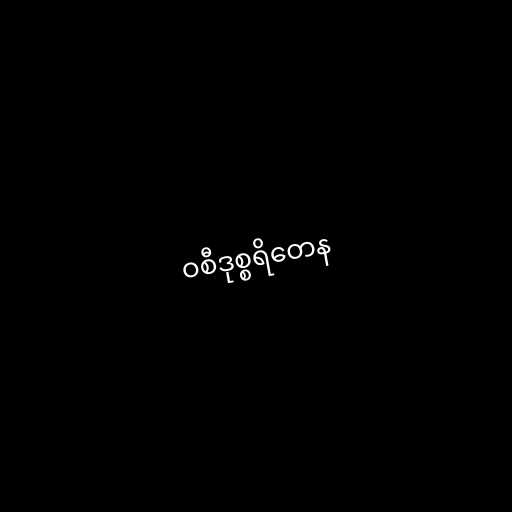
ဝစီဒုစ္စရိတေန